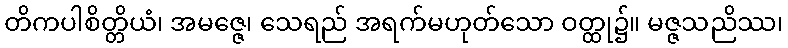
တိကပါစိတ္တိယံ၊ အမဇ္ဇေ၊ သေရည် အရက်မဟုတ်သော ဝတ္ထု၌။ မဇ္ဇသညိဿ၊